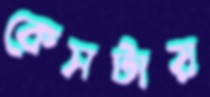
কেসটায়